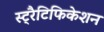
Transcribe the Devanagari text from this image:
स्ट्रैटिफिकेशन